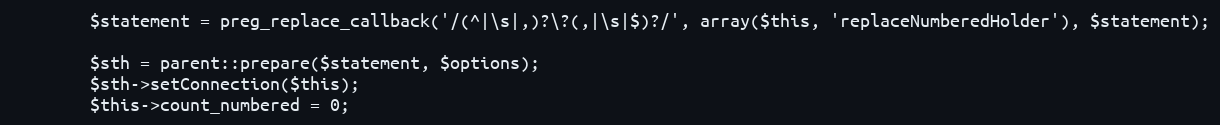
Language: PHP
        $statement = preg_replace_callback('/(^|\s|,)?\?(,|\s|$)?/', array($this, 'replaceNumberedHolder'), $statement);

        $sth = parent::prepare($statement, $options);
        $sth->setConnection($this);
        $this->count_numbered = 0;